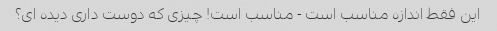
این فقط اندازه مناسب است - مناسب است! چیزی که دوست داری دیده ای؟